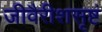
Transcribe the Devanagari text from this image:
जीवैरीशसृष्टं